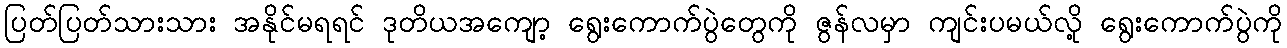
ပြတ်ပြတ်သားသား အနိုင်မရရင် ဒုတိယအကျော့ ရွေးကောက်ပွဲတွေကို ဇွန်လမှာ ကျင်းပမယ်လို့ ရွေးကောက်ပွဲကို